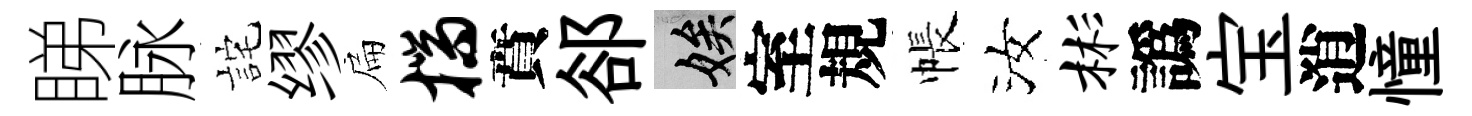
睇脉詫缪扁揣賁郤娭室規帳汝彬譌宝逍憧